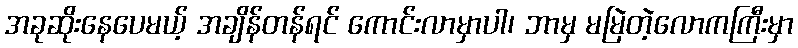
အခုဆိုးနေပေမယ့် အချိန်တန်ရင် ကောင်းလာမှာပါ၊ ဘာမှ မမြဲတဲ့လောကကြီးမှာ